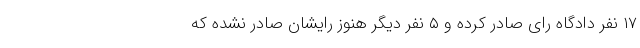
۱۷ نفر دادگاه رای صادر کرده و ۵ نفر دیگر هنوز رایشان صادر نشده که